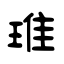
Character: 琟